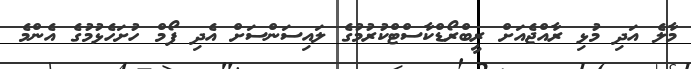
މާލެ އަދި މުޅި ރާއްޖެއަށް ރީބްރޯޑްކާސްޓްކުރުމުގެ ލައިސަންސަށް އެދި ފޯމް ހުށަހެޅުމުގެ އެންމެ